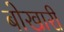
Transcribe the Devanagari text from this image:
बोखारी